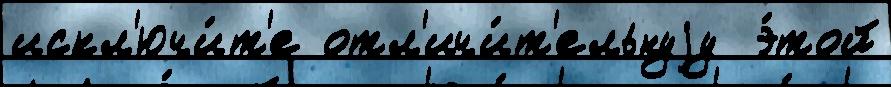
искл'ючи́т'е отл'ичи́т'ельнуjу  э́той